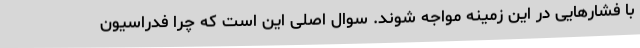
با فشارهایی در این زمینه مواجه شوند. سوال اصلی این است که چرا فدراسیون